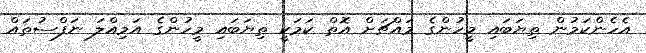
އެެހެންކަމުން ތިޔަބައި މީހުންގެ މައްޗަށް އޮތް ކަމަކީ ތިޔަބައި މީހުންގެ އަމިއްލަ ނަފްސުތައް